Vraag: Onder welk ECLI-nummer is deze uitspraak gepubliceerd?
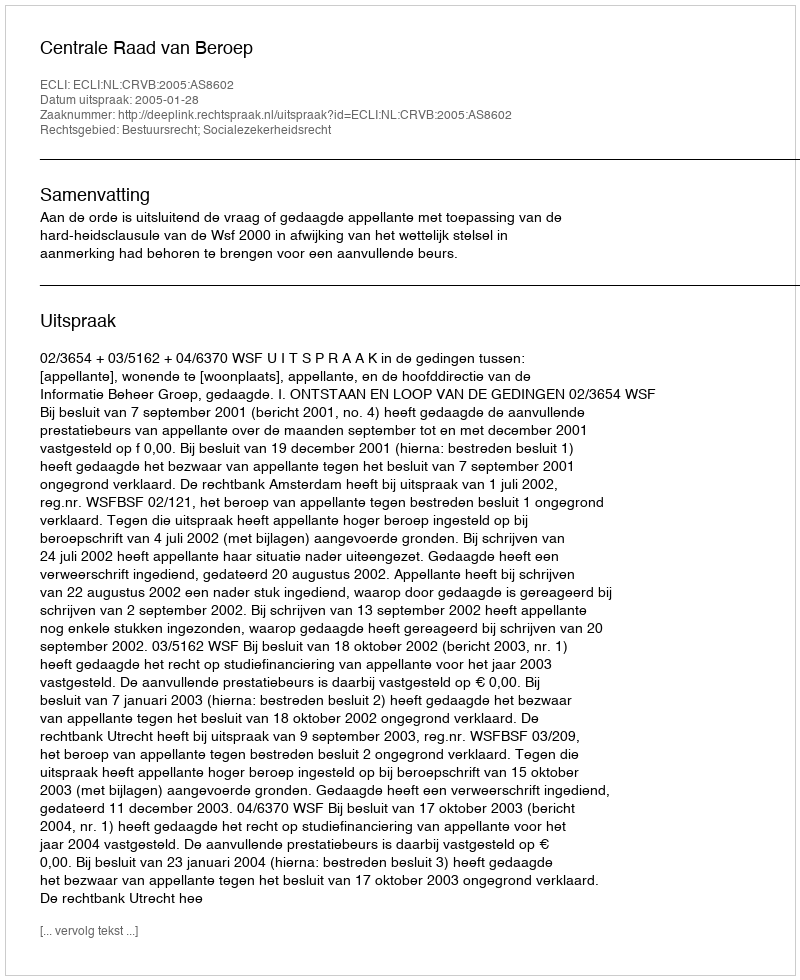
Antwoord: ECLI:NL:CRVB:2005:AS8602